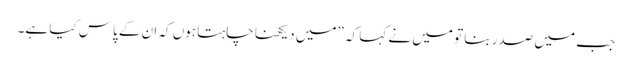
جب میں صدر بنا تو میں نے کہا کہ ”میں دیکھنا چاہتا ہوں کہ ان کے پاس کیا ہے۔